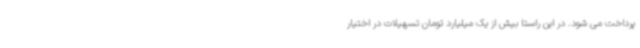
پرداخت می شود. در این راستا بیش از یک میلیارد تومان تسهیلات در اختیار